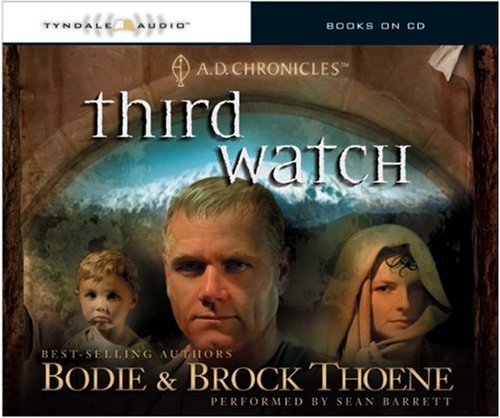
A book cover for Third Watch (A. D. Chronicles, Book 3); Bodie Thoene; Christian Books & Bibles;